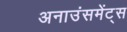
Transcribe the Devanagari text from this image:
अनाउंसमेंट्स